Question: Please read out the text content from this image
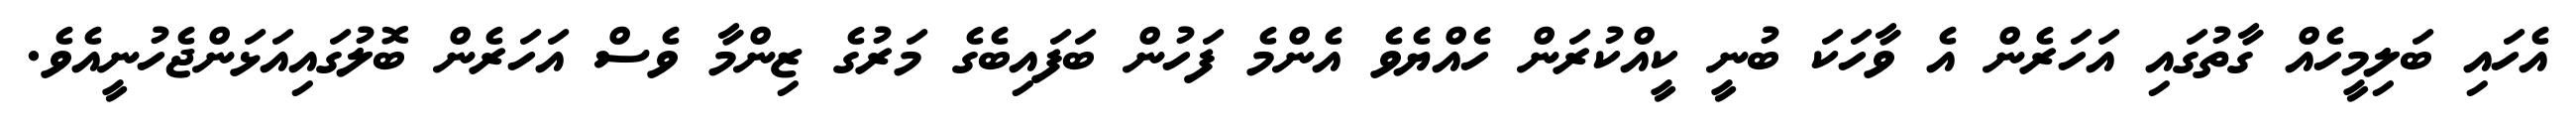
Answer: އެހައި ބަލިމީހެއް ގާތުގައި އަހަރެން އެ ވާހަކަ ބުނީ ކީއްކުރަން ހެއްޔެވެ އެންމެ ފަހުން ބަފައިބެގެ މަރުގެ ޒިންމާ ވެސް އަހަރެން ބޮލުގައިއަޅަންޖެހުނީއެވެ.